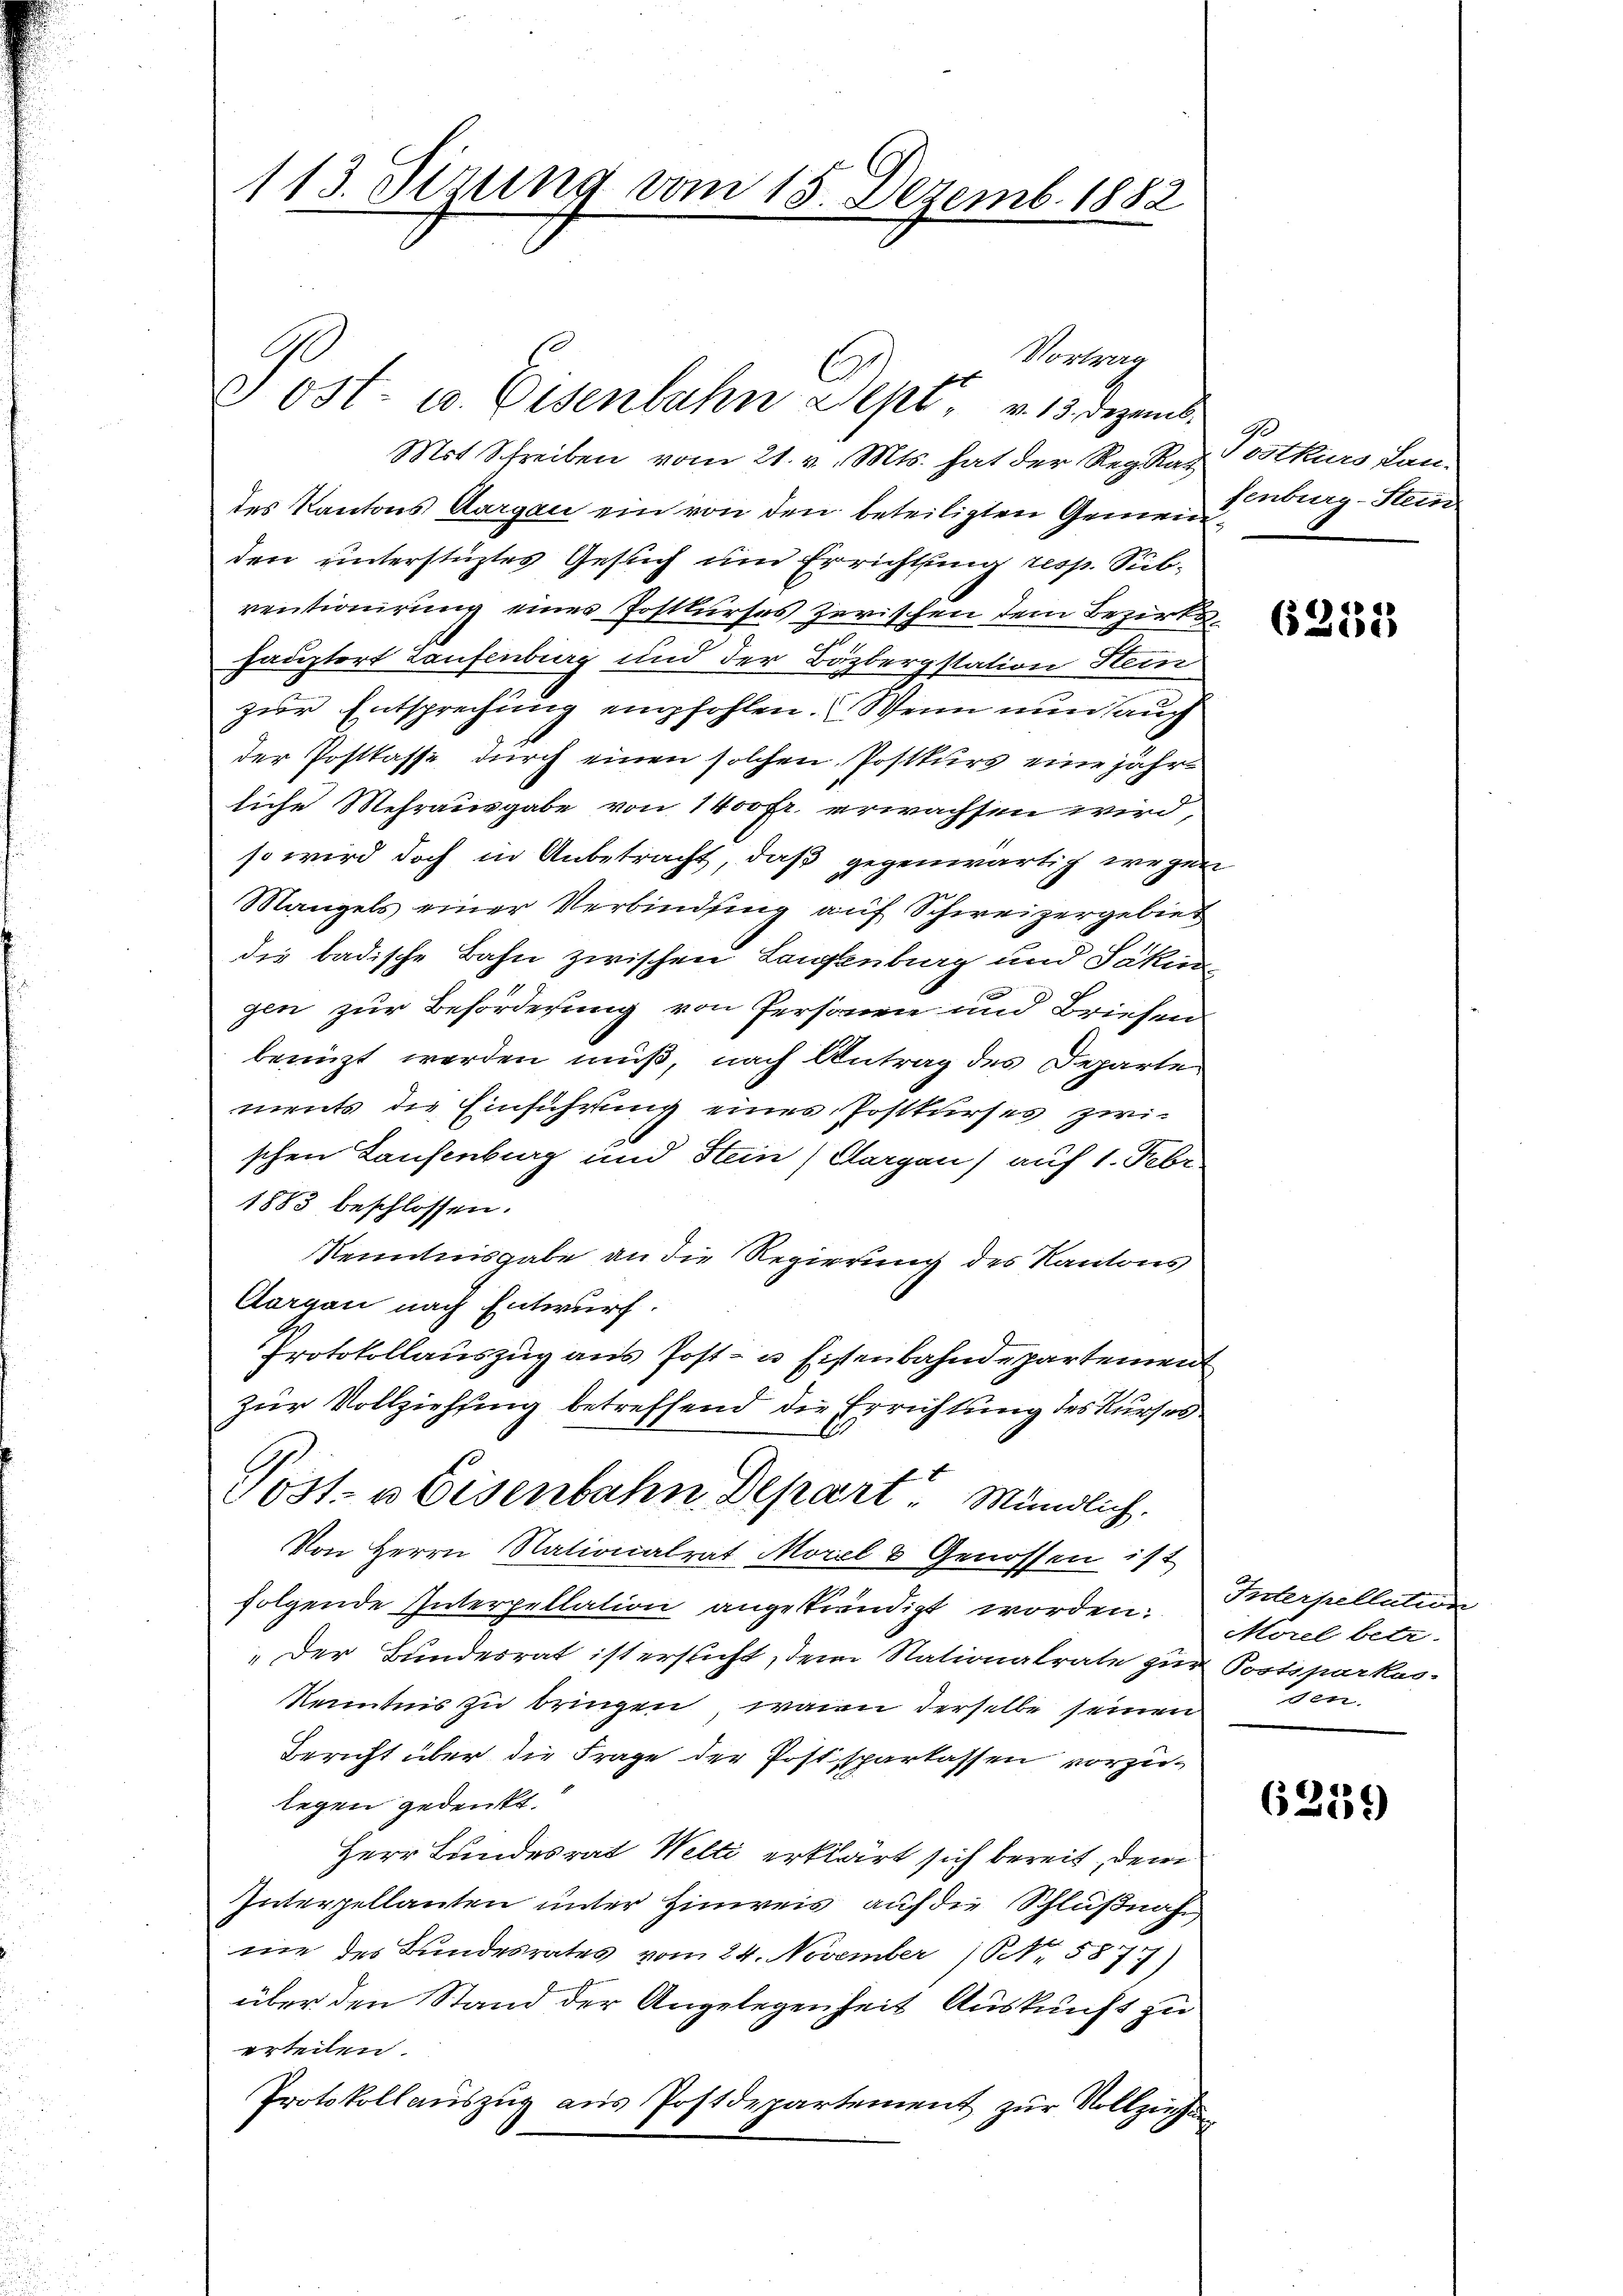
113. Sizung vom 15. Dezemb. 1882

e ost- u. Eisenbahn Sept. v. 13. Dezemb.

f
Mit Schreiben vom 21. v. Mts. hat der Reg. Rat
des Kantons Aargau ein von den beteiligten Gemeind burg-Stein.
den unterstüztes Gesuch um Errichtung resp. Subventionirung eines Postkurses zerischen dem Bezirks
hauptort Laufenburg und der Bäzbergstation Hein
zur Entsprechung empfohlen. Wenn nun auch
der Postkasse durch einen solchen Postkurs eine jährliche Mehrausgabe von 1400 Fr. erwachsen wird,
so wird doch in Anbetracht, daß gegenwärtig wegen
Mangels einer Verbindung auf Schweizergebiet
die badische Bahn zwischen Laufenburg und Jakin
gen zur Beförderung von Personen und Briefen
benuzt werden muß, nach Antrag des Departements die Einführung eines Postkurses zwischen Laufenburg und Stein, Cargen) auf 1. Febr.
1883 beschlossen.
Kenntnisgabe an die Regierung des Kantons
Aargau nach Entwurf.
Protokollauszug aus Post- u. Eisenbahndepartement
zur Vollziehung betreffend die Errichtung des Kurses
Post- u Eisenbahn Depart Mündlich.
Von Herrn Nationalrat Morel & Genossen ist
folgende Interpellation angestrendigt worden.
„Der Bundesrat ist ersticht, dem Nationalrate zur Postparkas¬
Kenntnis zu bringen, wenn derselbe seinen
Bericht über die Frage der Postsparkassen vorzulegen gedenkt.
Herr Bundesrat Welti erklärt sich bereit, den
Interpellanten unter Hinweis auf die Schlußnahme des Bundesrates vom 24. November 1 Nr. 5877
über den Stand der Angelegenheit Auskunft zu
erteilen.
Protokollauszug aus Postdepartement zur Vollziehung

Vortrag

Postkurs Lan-

6235

Prterpellation
Morel betr.
den.

62159